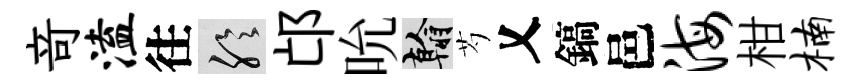
竒溘往聆邙吮翰芍乂鎬邑海柑楠